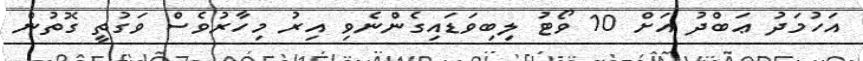
އަހުމަދު ޢަބްދު އަށް 10 ވޯޓު ލިބިވަޑައިގެންނެވި އިރު މިހާރުވެސް ވަގުތީ ގޮތުން